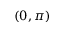
( 0 , \pi )